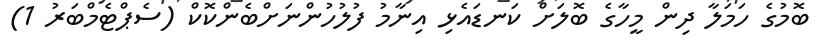
ބޮމުގެ ހަމަލާ ދިން މީހާގެ ބޮލަށް ކަނޑައެޅި އިނާމު ފުލުހުންނަށްބެންކޮކް (ސެޕްޓެމްބަރު 1)